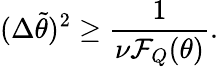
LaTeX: (\Delta\tilde{\theta})^{2}\geq\frac{1}{\nu\mathcal{F}_{Q}(\theta)}.